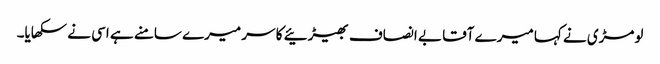
لومڑی نے کہا میرے آقا بے انصاف بھیڑئیے کا سر میرے سامنے ہے اسی نے سکھایا۔